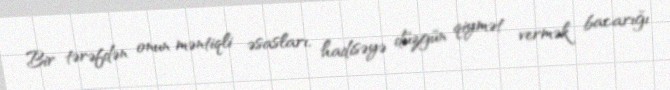
Bir tərəfdən onun məntiqli əsasları, hadisəyə düzgün qiymət vermək bacarığı